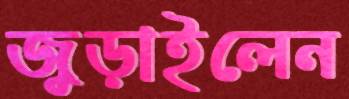
জুড়াইলেন